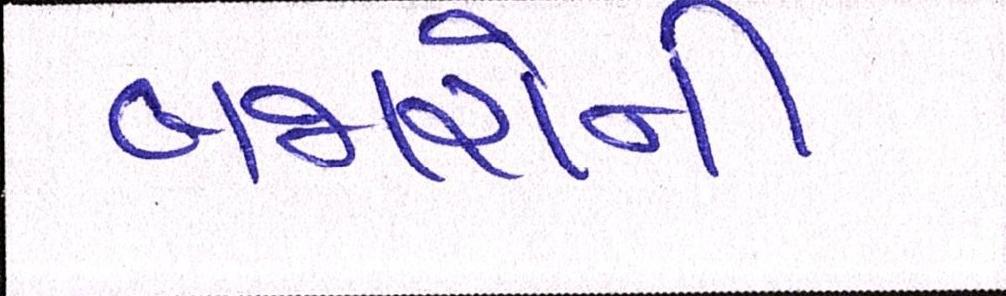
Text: બજારોની